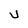
Character: U